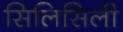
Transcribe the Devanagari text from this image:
सिलिसिली